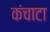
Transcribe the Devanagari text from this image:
कंचाटा